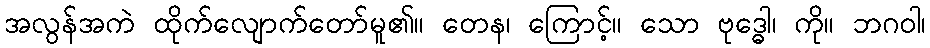
အလွန်အကဲ ထိုက်လျောက်တော်မူ၏။ တေန၊ ကြောင့်။ သော ဗုဒ္ဓေါ၊ ကို။ ဘဂဝါ၊